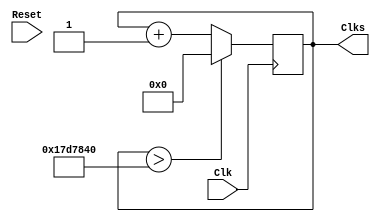
`timescale 1ns / 1ps
//////////////////////////////////////////////////////////////////////////////////
// Company:
// Engineer:
//
// Design Name:
// Module Name:    SlowClock
// Project Name:
// Target Devices:
// Tool versions:
// Description:
//
// Dependencies:
//
// Revision:
// Revision 0.01 - File Created
// Additional Comments:
//
//////////////////////////////////////////////////////////////////////////////////
module SlowClock(input Clk,Reset,output reg [24:0] Clks);
initial Clks = 0;

		always @ (posedge Clk)
		begin
			if (!Reset) Clks <= 0;
			if(Clks > 25000000) Clks <= 0;
			else Clks <= Clks + 24'd1;
		end

endmodule